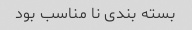
بسته بندی نا مناسب بود